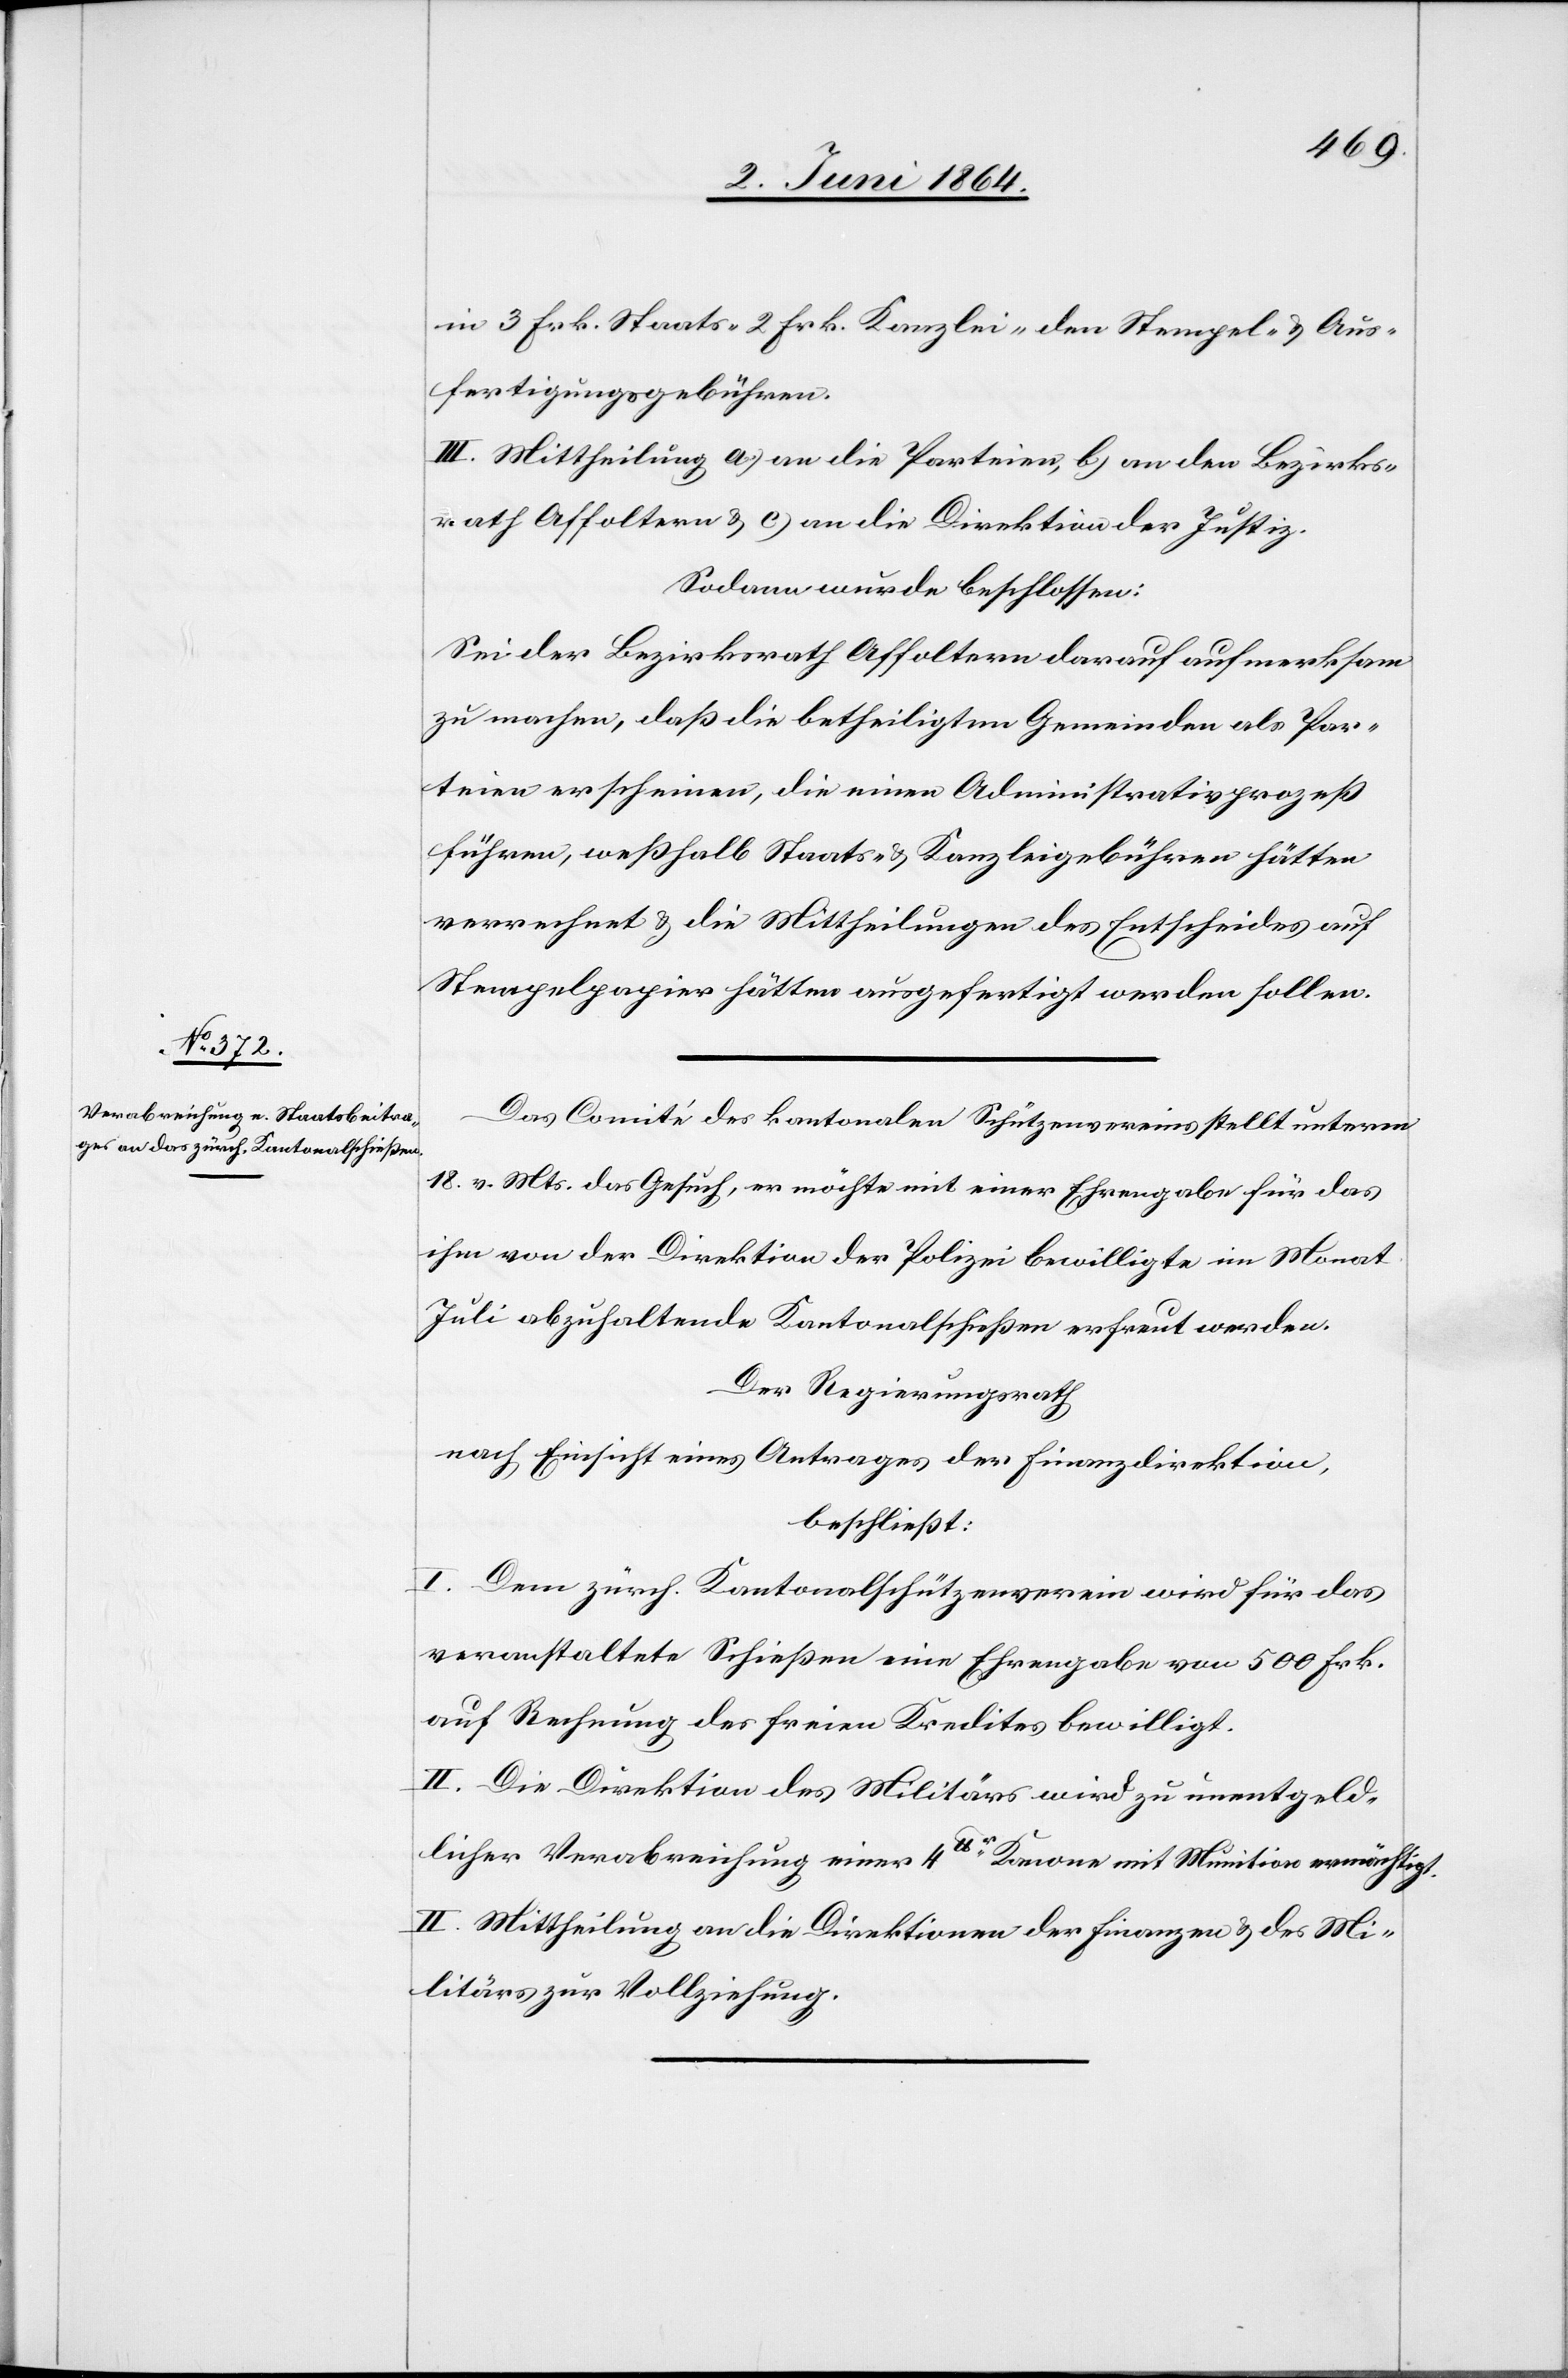
in 3 Frk. Staats-[,] 2 Frk. Kanzlei-[,] den Stempel- u. Aus¬
fertigungsgebühren.
III. Mittheilung a) an die Parteien, b) an den Bezirks¬
rath Affoltern u. c) an die Direktion der Justiz.
Sodann wurde beschlossen:
Sei der Bezirksrath Affoltern darauf aufmerksam
zu machen, daß die betheiligten Gemeinden als Par¬
teien erscheinen, die einen Administrativprozeß
führen, weßhalb Staats- u. Kanzleigebühren hätten
verrechnet u. die Mittheilungen des Entscheides auf
Stempelpapier hätten ausgefertigt werden sollen.
Das Comité des kantonalen Schützenvereins stellt unterm
18. v. Mts. das Gesuch, er [sic!] möchte mit einer Ehrengabe für das
ihm von der Direktion der Polizei bewilligte im Monat
Juli abzuhaltende Kantonalschießen erfreut werden.
Der Regierungsrath
nach Einsicht eines Antrages der Finanzdirektion,
beschließt:
I. Dem zürch. Kantonalschützenverein wird für das
veranstaltete Schießen eine Ehrengabe von 500 Frk.
auf Rechnung des freien Kredites bewilligt.
II. Die Direktion des Militärs wird zu unentgeld¬
licher Verabreichung einer 4lbr Kanone mit Munition ermächtigt.
Mittheilung an die Direktionen der Finanzen u. des Mi¬
litärs zur Vollziehung.